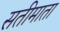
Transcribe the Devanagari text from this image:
सतीमाता